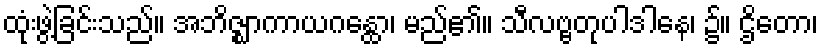
ထုံးဖွဲ့ခြင်းသည်။ အဘိဇ္ဈာကာယဂန္ထော၊ မည်၏။ သီလဗ္ဗတုပါဒါနေ၊ ၌။ ဌိတော၊